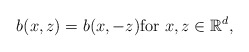
\begin{align*}b(x,z)=b(x,-z) \hbox{for } x,z\in\mathbb{R}^{d},\end{align*}